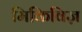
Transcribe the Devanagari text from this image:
मिकिविज़